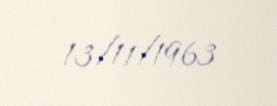
13/11/1963